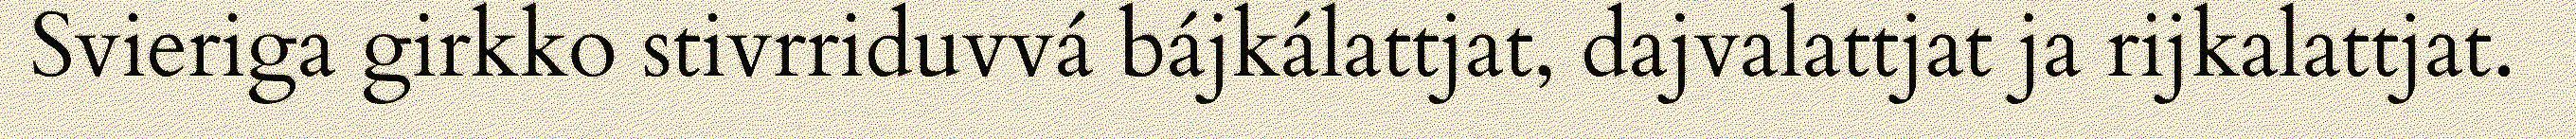
Svieriga girkko stivrriduvvá bájkálattjat, dajvalattjat ja rijkalattjat.